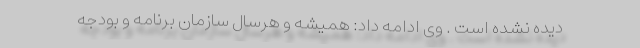
دیده نشده است . وی ادامه داد: همیشه و هرسال سازمان برنامه و بودجه